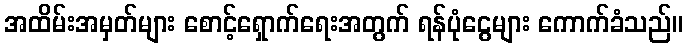
အထိမ်းအမှတ်များ စောင့်ရှောက်ရေးအတွက် ရန်ပုံငွေများ ကောက်ခံသည်။